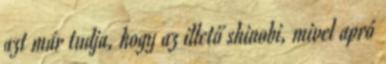
azt már tudja, hogy az illető shinobi, mivel apró